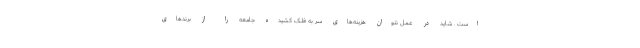
است . شاید در عمل نتوان هزینه‌های سر به فلک کشیده جامعه را از برندهای